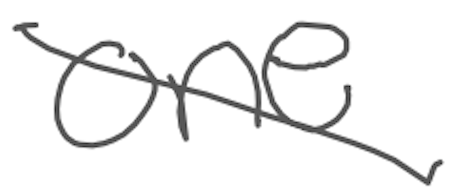
Text: one
Cross-out: diagonal
Writing tool: digital_gray